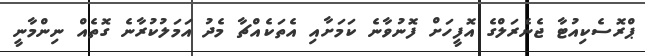
ޕްރޮސެކިއުޓާ ޖެނެރަލްގެ އޮފީހަށް ފޮނުވާނެ ކަމަށާއި އެތަކެއްޗާ މެދު އަމަލުކުރާނެ ގޮތެއް ނިންމާނީ